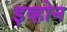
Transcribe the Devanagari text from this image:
इव्होन